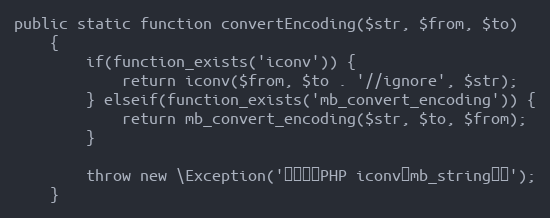
Language: PHP
public static function convertEncoding($str, $from, $to)
	{
	    if(function_exists('iconv')) {
	        return iconv($from, $to . '//ignore', $str);
	    } elseif(function_exists('mb_convert_encoding')) {
	        return mb_convert_encoding($str, $to, $from);
	    }

	    throw new \Exception('请先安装PHP iconv或mb_string扩展');
	}